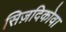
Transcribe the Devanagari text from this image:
सिज़दिकोवा